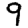
Digit: 9